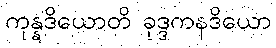
ကုန္နဒိယောတိ ခုဒ္ဒကနဒိယော